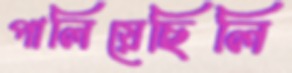
পালিয়েছিলি